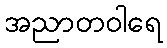
အညာတဝါရေ